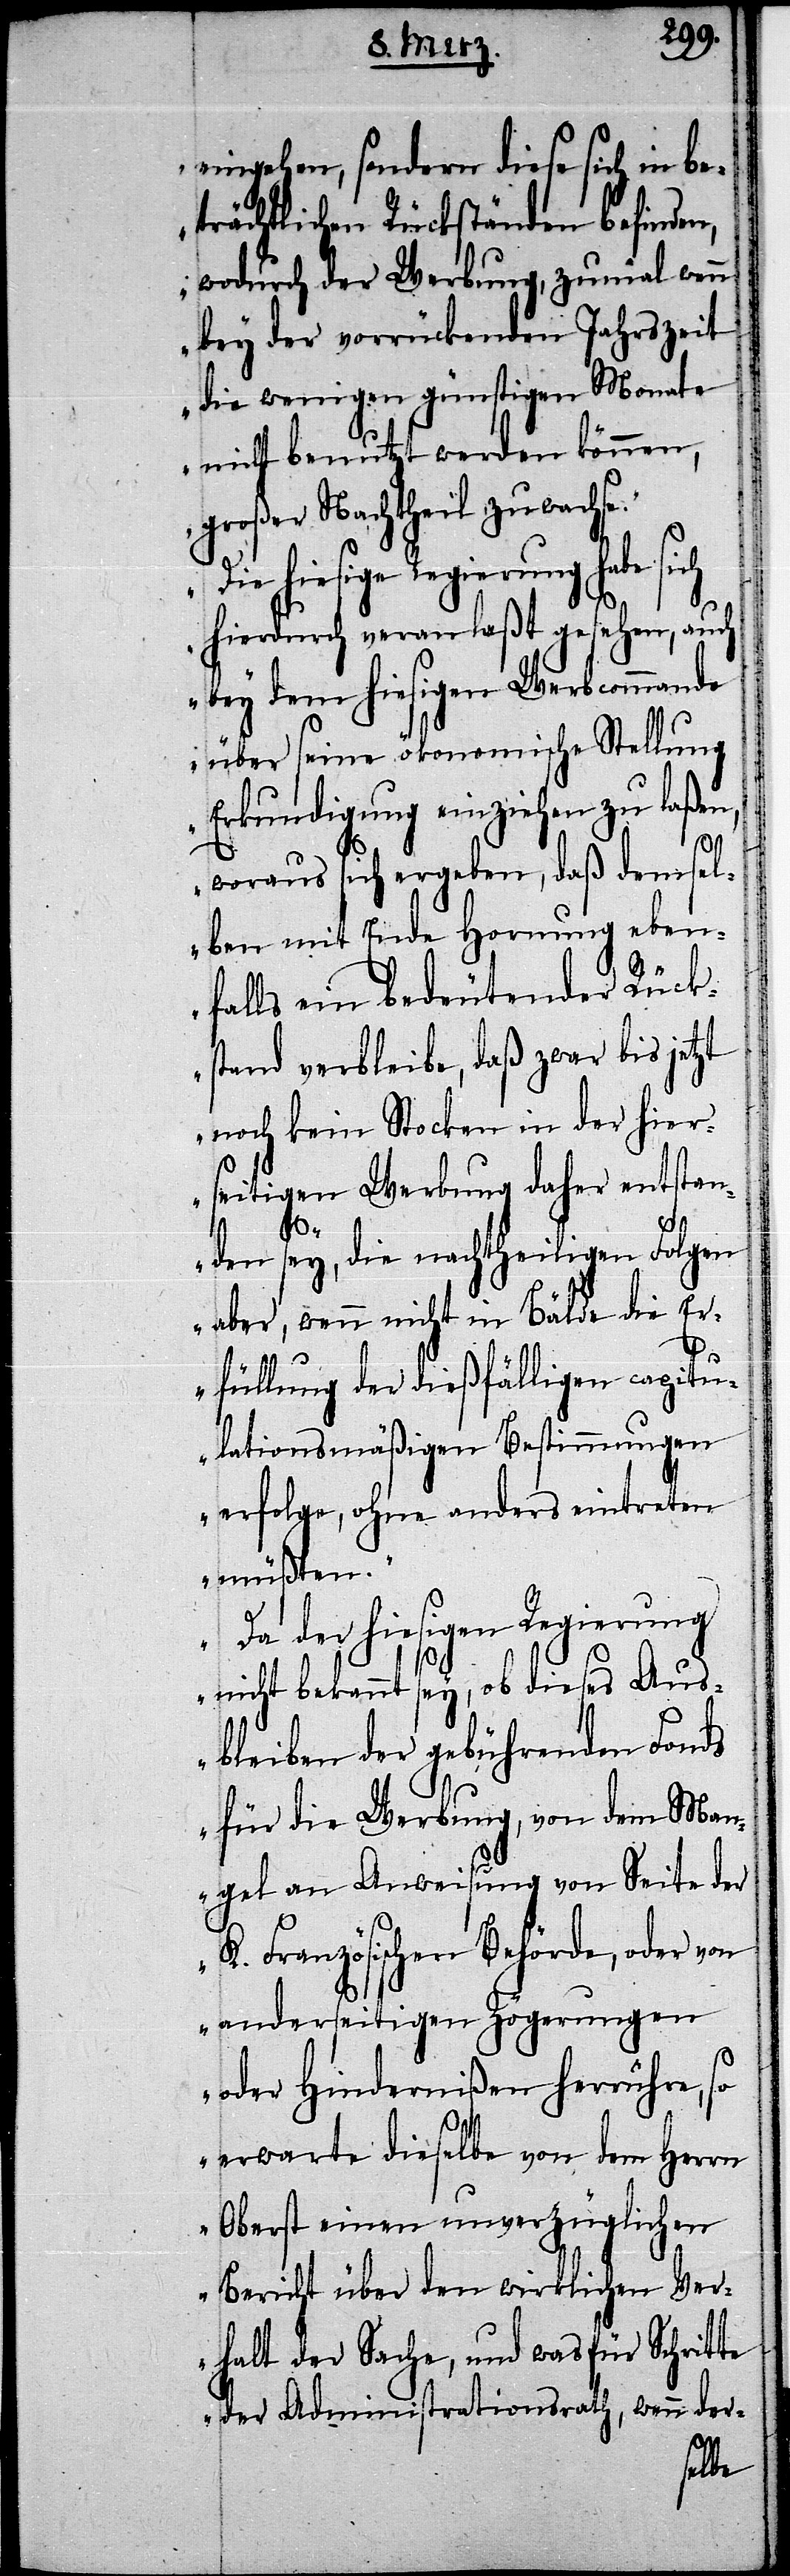
eingehen, sondern diese sich in be¬
trächtlichen Rückständen befinden,
wodurch der Werbung, zumal wenn
bey der vorrückenden Jahrszeit
die wenigen günstigen Monate
nicht benutzt werden können,
großer Nachtheil zuwachse.“
ie hiesige Regierung habe
hierdurch veranlaßt gesehen, auch
bey dem hiesigen Werbcommando
über seine ökonomische Stellung
Erkundigung einziehen zu laßen,
woraus sich ergeben, daß demsel¬
ben mit Ende Hornung eben¬
falls ein bedeutender Rück¬
stand verbleibe, daß zwar bis jetzt
noch kein Stocken in der hier¬
seitigen Werbung daher entstan¬
„D¬
den sey, die nachtheiligen Folgen
aber, wenn nicht in Bälde die Er¬
füllung der dießfälligen capitu¬
lationsmäßigen Bestimmungen
erfolge, ohne anders eintreten
müßten.“
a der hiesigen Regierung
nicht bekannt sey, ob dieses Aus¬
bleiben der gebührenden Fonds
für die Werbung, von dem Man¬
gel an Anweisung von Seite der
K. Französischen Behörde, oder von
anderseitigen Zögerungen
oder Hindernißen herrühre, so
erwarte dieselbe von dem Herrn
Oberst einen unverzüglichen
Bericht über den wirklichen Ver¬
halt der Sache, und was für Schritte
der Administrationsrath, wenn der-